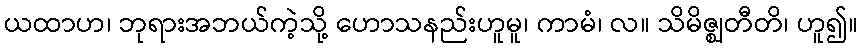
ယထာဟ၊ ဘုရားအဘယ်ကဲ့သို့ ဟောသနည်းဟူမူ၊ ကာမံ၊ လ။ သိမိဇ္ဈတီတိ၊ ဟူ၍။